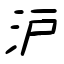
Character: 濾